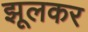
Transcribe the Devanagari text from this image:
झूलकर